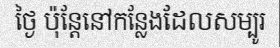
ថ្ងៃ ប៉ុន្តែនៅកន្លែងដែលសម្បូរ